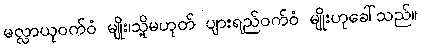
မလ္လာယုဝက်ဝံ မျိုး၊သို့မဟုတ် ပျားရည်ဝက်ဝံ မျိုးဟုခေါ်သည်။